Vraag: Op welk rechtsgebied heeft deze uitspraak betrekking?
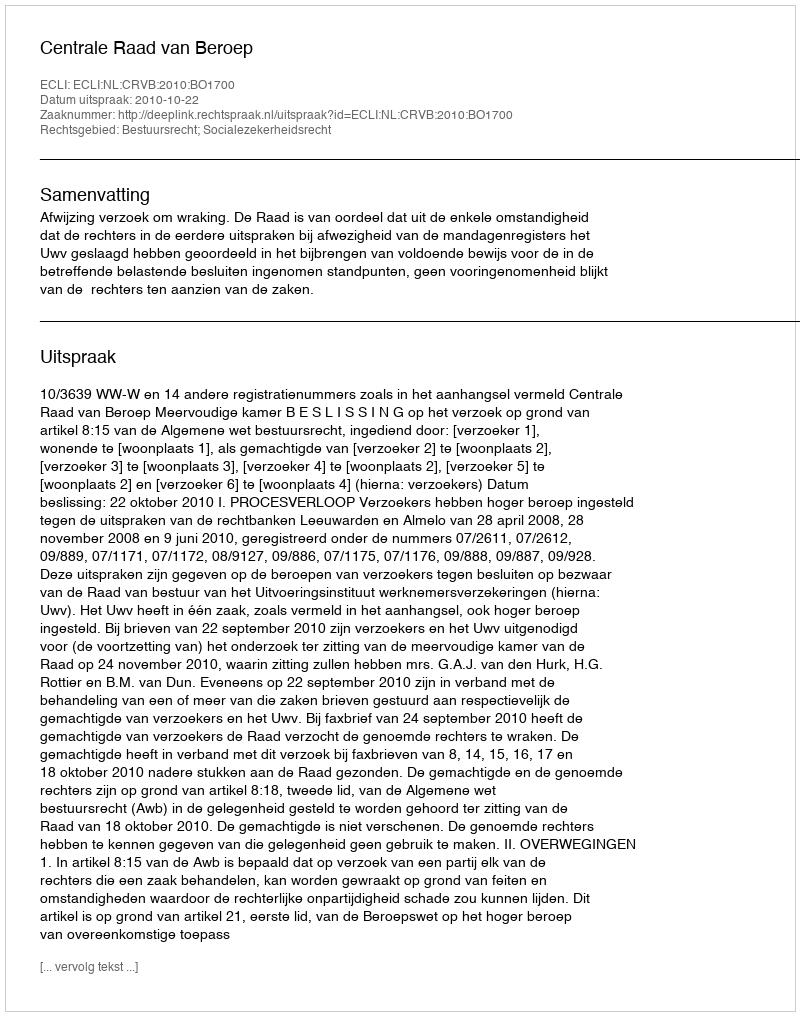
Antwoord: Bestuursrecht; Socialezekerheidsrecht